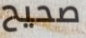
صحيح